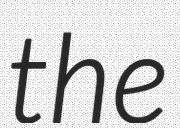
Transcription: the